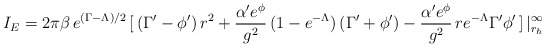
\begin{align*}I_E=2 \pi \beta \,e^{(\Gamma-\Lambda)/2}\,[\,(\Gamma'-\phi')\,r^2 +\frac{\alpha' e^\phi}{g^2}\,(1-e^{-\Lambda})\,(\Gamma'+\phi')-\frac{\alpha' e^\phi}{g^2}\, r e^{-\Lambda} \Gamma' \phi'\,]\,|^{\infty}_{r_h}\end{align*}